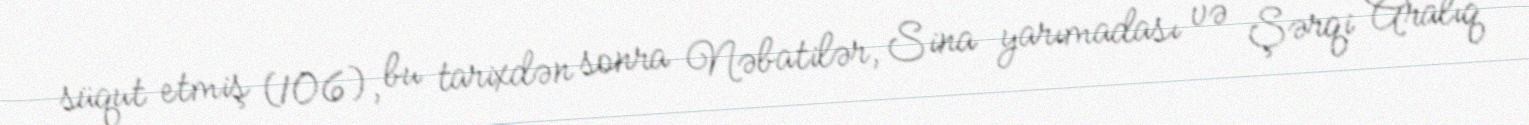
süqut etmiş (106), bu tarixdən sonra Nəbatilər, Sina yarımadası və Şərqi Aralıq